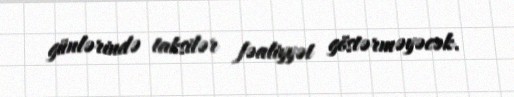
günlərində taksilər fəaliyyət göstərməyəcək.